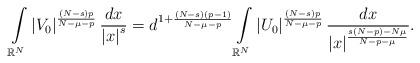
LaTeX: \begin{align*}\int\limits_{\mathbb{R}^{N}}\left\vert V_{0}\right\vert ^{\frac{\left( N-s\right) p}{N-\mu-p}}\frac{dx}{\left\vert x\right\vert ^{s}}=d^{1+\frac{\left( N-s\right) \left(p-1\right) }{N-\mu-p}}\int\limits_{\mathbb{R}^{N}}\left\vert U_{0}\right\vert ^{\frac{\left( N-s\right) p}{N-\mu-p}}\frac{dx}{\left\vert x\right\vert ^{\frac{s\left( N-p\right) -N\mu}{N-p-\mu}}}.\end{align*}